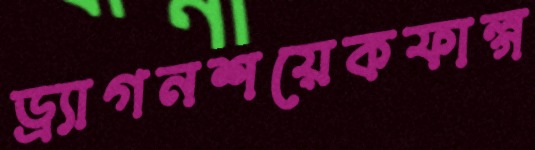
ড্র্যাগনশয়েকফাল্গ